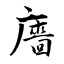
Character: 廧